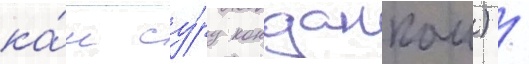
ка́н су́ру конданкаи) /